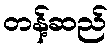
တန့်ဆည်